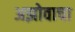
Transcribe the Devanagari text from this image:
अझोवाचा